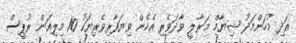
އަދި މުހަންމަދު ޝިޔާމް މަރާލީ ވާދަވެރި އެހެން ވިޔަފާރިވެރިޔަކު 10 މިލިއަން ރުޕީސް